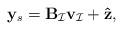
LaTeX: \begin{align*}\mathbf{y}_s=\mathbf{B}_{\mathcal{I}}\mathbf{v}_{\mathcal{I}}+\mathbf{\hat{z}},\end{align*}